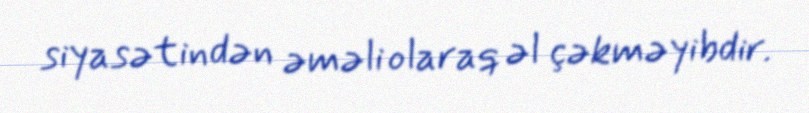
siyasətindən əməli olaraq əl çəkməyibdir.